Code of medical and sanitary regulations for the guidance of medical officers serving in the Madras Presidency - Volume I
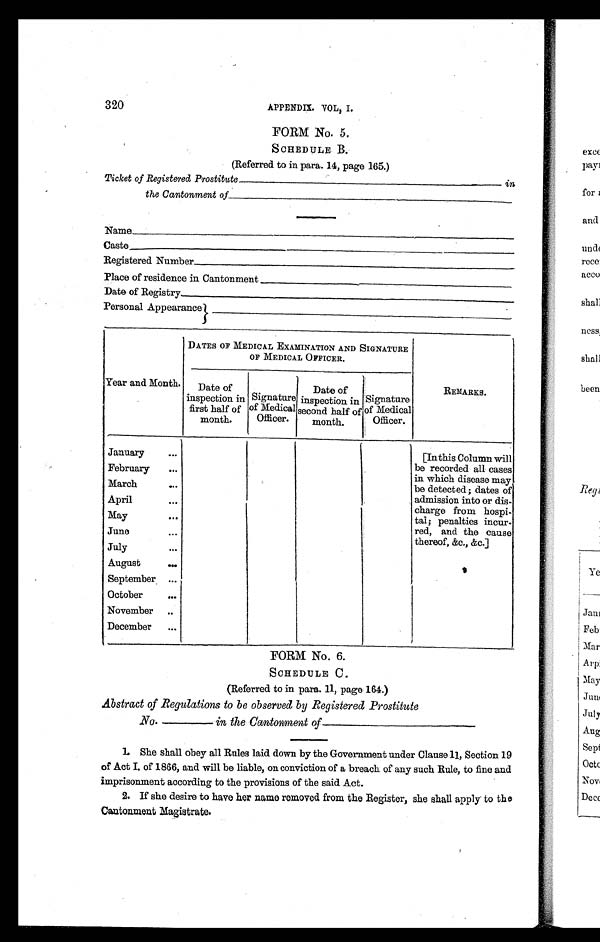
320
APPENDIX. VOL, I.
FORM No. 5.
SCHEDULE B.
(Referred to in para. 14, page 165.)
Ticket of Registered Prostitute .—————————————————————————————————
the Cantonment of———————————————————————————————————
Name——————————————————————————————————————————
Caste—————————————————————————————————————————
Registered Number—————————————————————————————
Place of residence in Cantonment——————————————
Date of Registry.—————————————————————————————
Personal Appearance}——————————————————————————
DATES OF MEDICAL EXAMINATION AND SIGNATURE
OF MEDICAL OFFICER.
Year and Month.
Date of
inspection in
first half of
month.
Signature
of Medical
Officer.
Date of
inspection in
second half of
month.
Signature
of Medical
Officer.
REMARKS.
January
•••
[In this Column will
be recorded all cases
in which disease may,
be detected; dates of
admission into or dis-
charge from hospi-
tal; penalties incur-
red, and the cause
thereof, &c., &c.]
...
Feruary
...b
March
...
April
. . .
May
...
June
...
July
. . .
August
. . .
9
September . . .
October
...
November
. . .
December
...
FORM No, 6.
SCHEDULE C.
(Referred to in para. 11, page 164.)
Abstract of Regulations to be observed by Registered Prostitute
No. ————————————in the Cantonment of————————————————————
1. She shall obey all Rules laid down by the Government under Clause 11, Section 19
of Act I. of 1866, and will be liable, on conviction of a breach of any such Rule, to fine and
imprisonment according to the provisions of the said Act.
2. If she desire to have her name removed from the Register, she shall apply to the
Cantonment Magistrate.